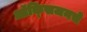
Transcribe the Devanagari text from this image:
ऑक्‍सिजनचे